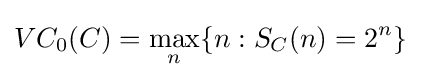
VC_{0}(C)={\underset {n}{\max }}\{n:S_{C}(n)=2^{n}\}